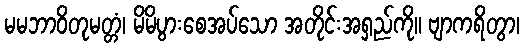
မမဘာဝိတုမတ္တံ၊ မိမိပွားစေအပ်သော အတိုင်းအရှည်ကို။ ဗျာကရိတွာ၊